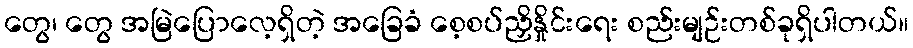
တွေ၊ တွေ အမြဲပြောလေ့ရှိတဲ့ အခြေခံ စေ့စပ်ညှိနှိုင်းရေး စည်းမျဉ်းတစ်ခုရှိပါတယ်။